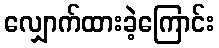
လျှောက်ထားခဲ့ကြောင်း